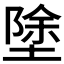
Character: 𭏚